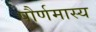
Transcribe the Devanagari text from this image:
पौर्णमास्य